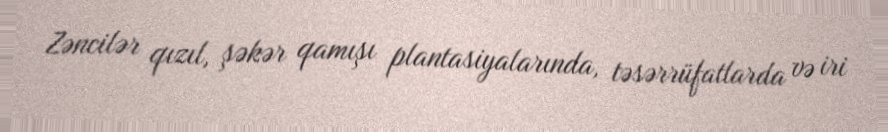
Zəncilər qızıl, şəkər qamışı plantasiyalarında, təsərrüfatlarda və iri